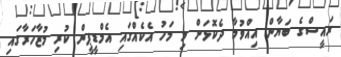
ރައީސްގެ ބަޔާން އިއްވުމާ ދެކޮޅަށް މި މަހު އެކެއްގައި އެމްޑީޕީން ކުރި މުޒާހަރާގައި